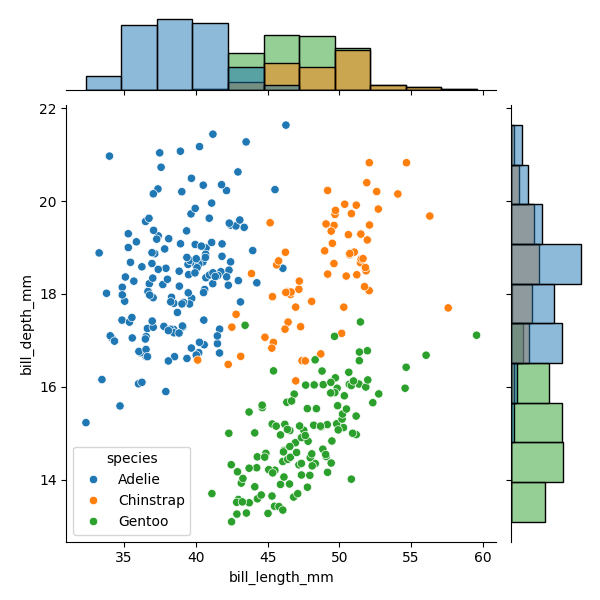
python, seaborn, JointGrid, scatterplot, histplot, hue